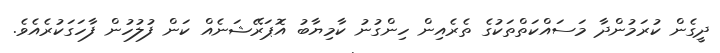
ދީގެން ކުރަމުންދާ މަސައްކަތްތަކުގެ ތެރެއިން ހިންގުނު ކާމިޔާބު އޮޕަރޭޝަނެއް ކަން ފުލުހުން ފާހަގަކުރެއެވެ.